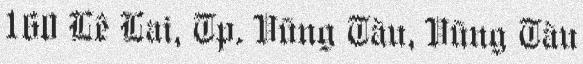
160 Lê Lai, Tp. Vũng Tàu, Vũng Tàu